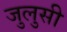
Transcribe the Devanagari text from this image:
जुलुसी